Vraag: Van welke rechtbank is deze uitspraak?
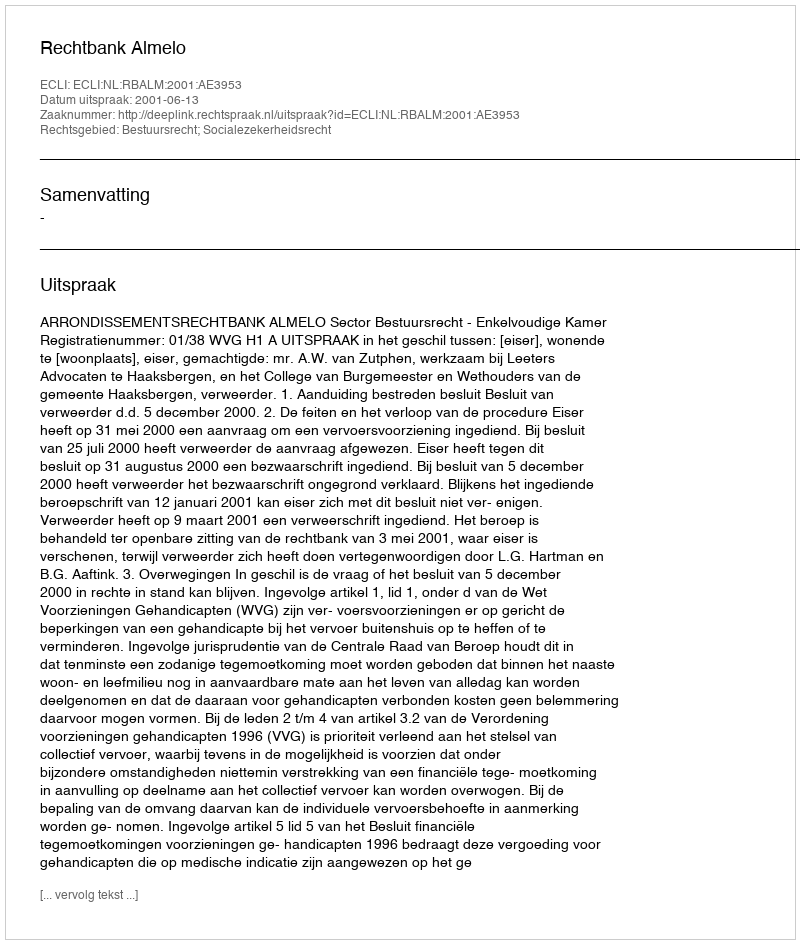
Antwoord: Rechtbank Almelo